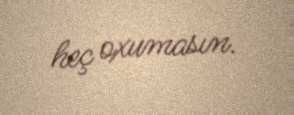
heç oxumasın.